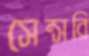
সেন্সরি